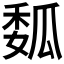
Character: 𰢟